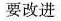
要改进